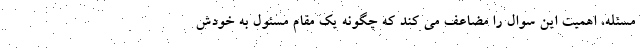
مسئله، اهمیت این سوال را مضاعف می کند که چگونه یک مقام مسئول به خودش